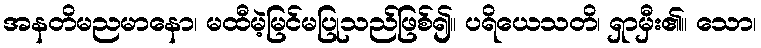
အနတိမညမာနော၊ မထီမဲ့မြင်မပြုသည်ဖြစ်၍။ ပရိယေသတိ၊ ရှာမှီး၏။ သော၊